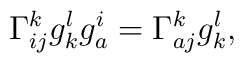
\Gamma^k_{ij}g_k^lg^i_a=\Gamma^k_{aj}g_k^l,